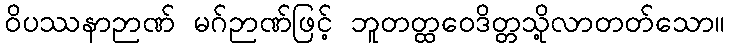
ဝိပဿနာဉာဏ် မဂ်ဉာဏ်ဖြင့် ဘူတတ္ထဝေဒိတ္တသို့လာတတ်သော။